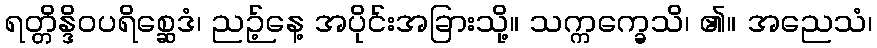
ရတ္တိန္ဒိဝပရိစ္ဆေဒံ၊ ညဉ့်နေ့ အပိုင်းအခြားသို့။ သက္ကက္ခေသိ၊ ၏။ အညေသံ၊